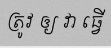
ត្រូវ ឲ្យ វា ធ្វើ